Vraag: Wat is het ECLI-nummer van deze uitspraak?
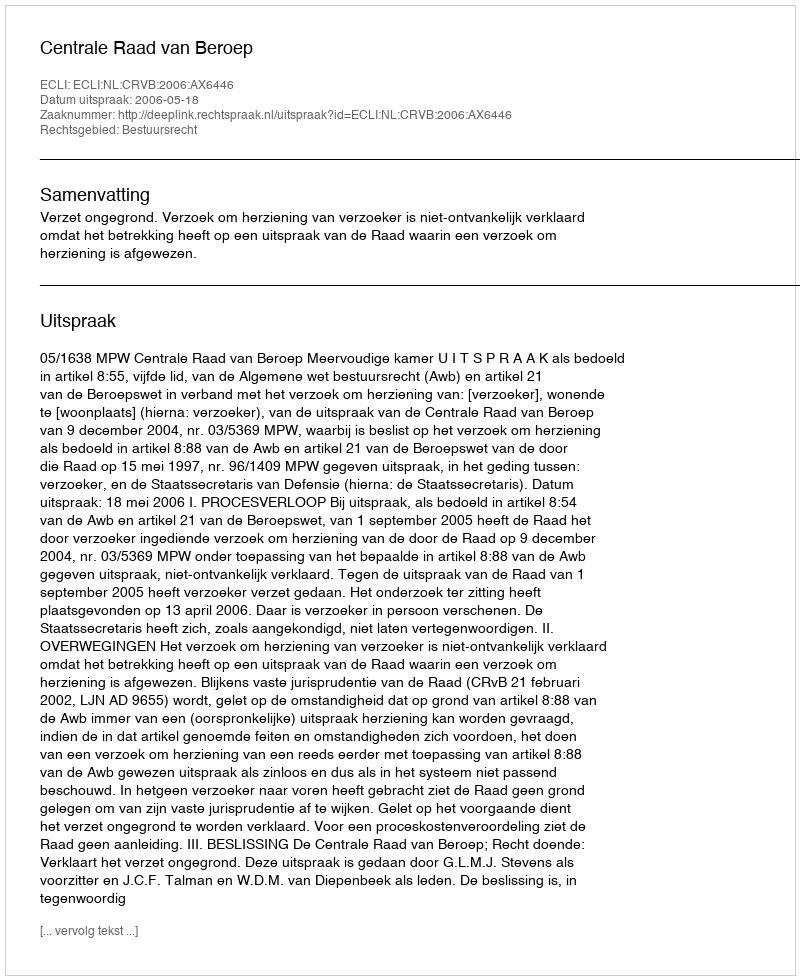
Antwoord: ECLI:NL:CRVB:2006:AX6446